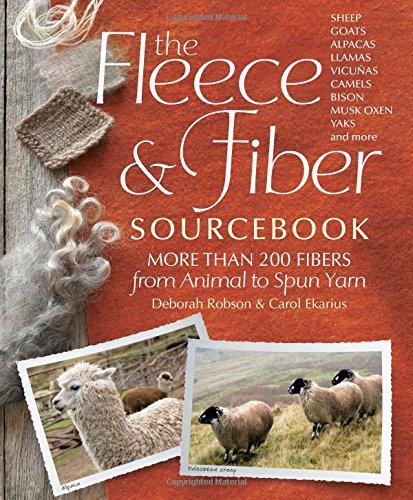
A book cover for The Fleece & Fiber Sourcebook: More Than 200 Fibers, from Animal to Spun Yarn; Carol Ekarius; Crafts, Hobbies & Home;